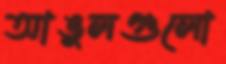
আঙুলগুলো